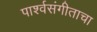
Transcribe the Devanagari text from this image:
पार्श्वसंगीताचा